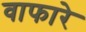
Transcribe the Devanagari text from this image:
वाफारे